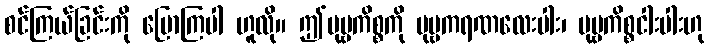
စင်ကြယ်ခြင်းကို ပြောကြပါ ဟူလို။ ဤပုဗ္ဗကိစ္စကို ပုဗ္ဗကရဏလေးပါး၊ ပုဗ္ဗကိစ္စငါးပါးဟု